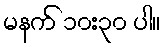
မနက် ၁၀း၃၀ ပါ။